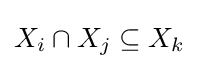
X_{i}\cap X_{j}\subseteq X_{k}